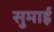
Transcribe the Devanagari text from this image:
सुमाई